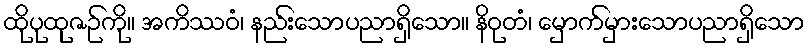
ထိုပုထုဇဉ်ကို။ အကိဿဝံ၊ နည်းသောပညာရှိသော။ နိဝုတံ၊ မှောက်မှားသောပညာရှိသော